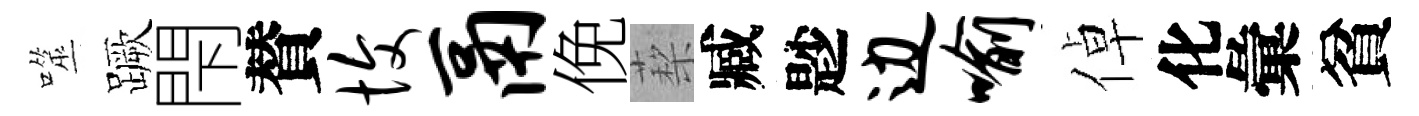
噬蹶閇賛愎鬲俛蔾臧尟边喻倬化彙貧